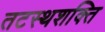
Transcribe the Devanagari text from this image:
तटस्थशक्ति